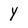
Character: Y